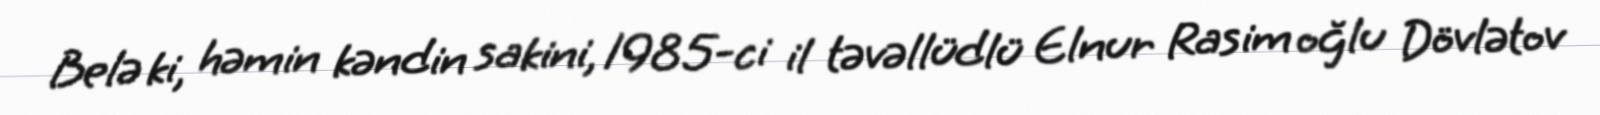
Belə ki, həmin kəndin sakini, 1985-ci il təvəllüdlü Elnur Rasim oğlu Dövlətov